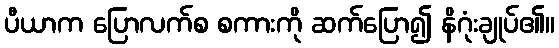
ပီယာက ပြောလက်စ စကားကို ဆက်ပြော၍ နိဂုံးချုပ်၏။